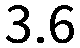
3.6